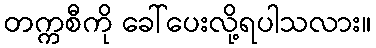
တက္ကစီကို ခေါ်ပေးလို့ရပါသလား။